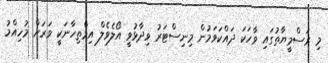
މި ރަސްމީޔާތުގައި ވާހަކަ ދައްކަވަމުން މިނިސްޓަރު ވިދާޅުވީ އޯލެވެލް އިމްތިހާނަކީ ވަރަށް މުހިއްމު